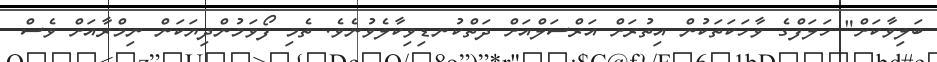
ބަލިވާކަށް" ހަލަފްގެ ވާހަކަތަކުން އިތުރަށް އަރްސަލްއަށް ދަތްކުނޑިވިކާލެވުނެވެ. ތެމި ފޯވަމުންދިޔަކަން ނިމްރާއަށް ވެސް